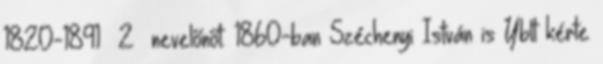
1820-1891 2 nevelőnőt. 1860-ban Széchenyi István is Yblt kérte